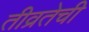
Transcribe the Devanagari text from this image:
तीव्रतेची